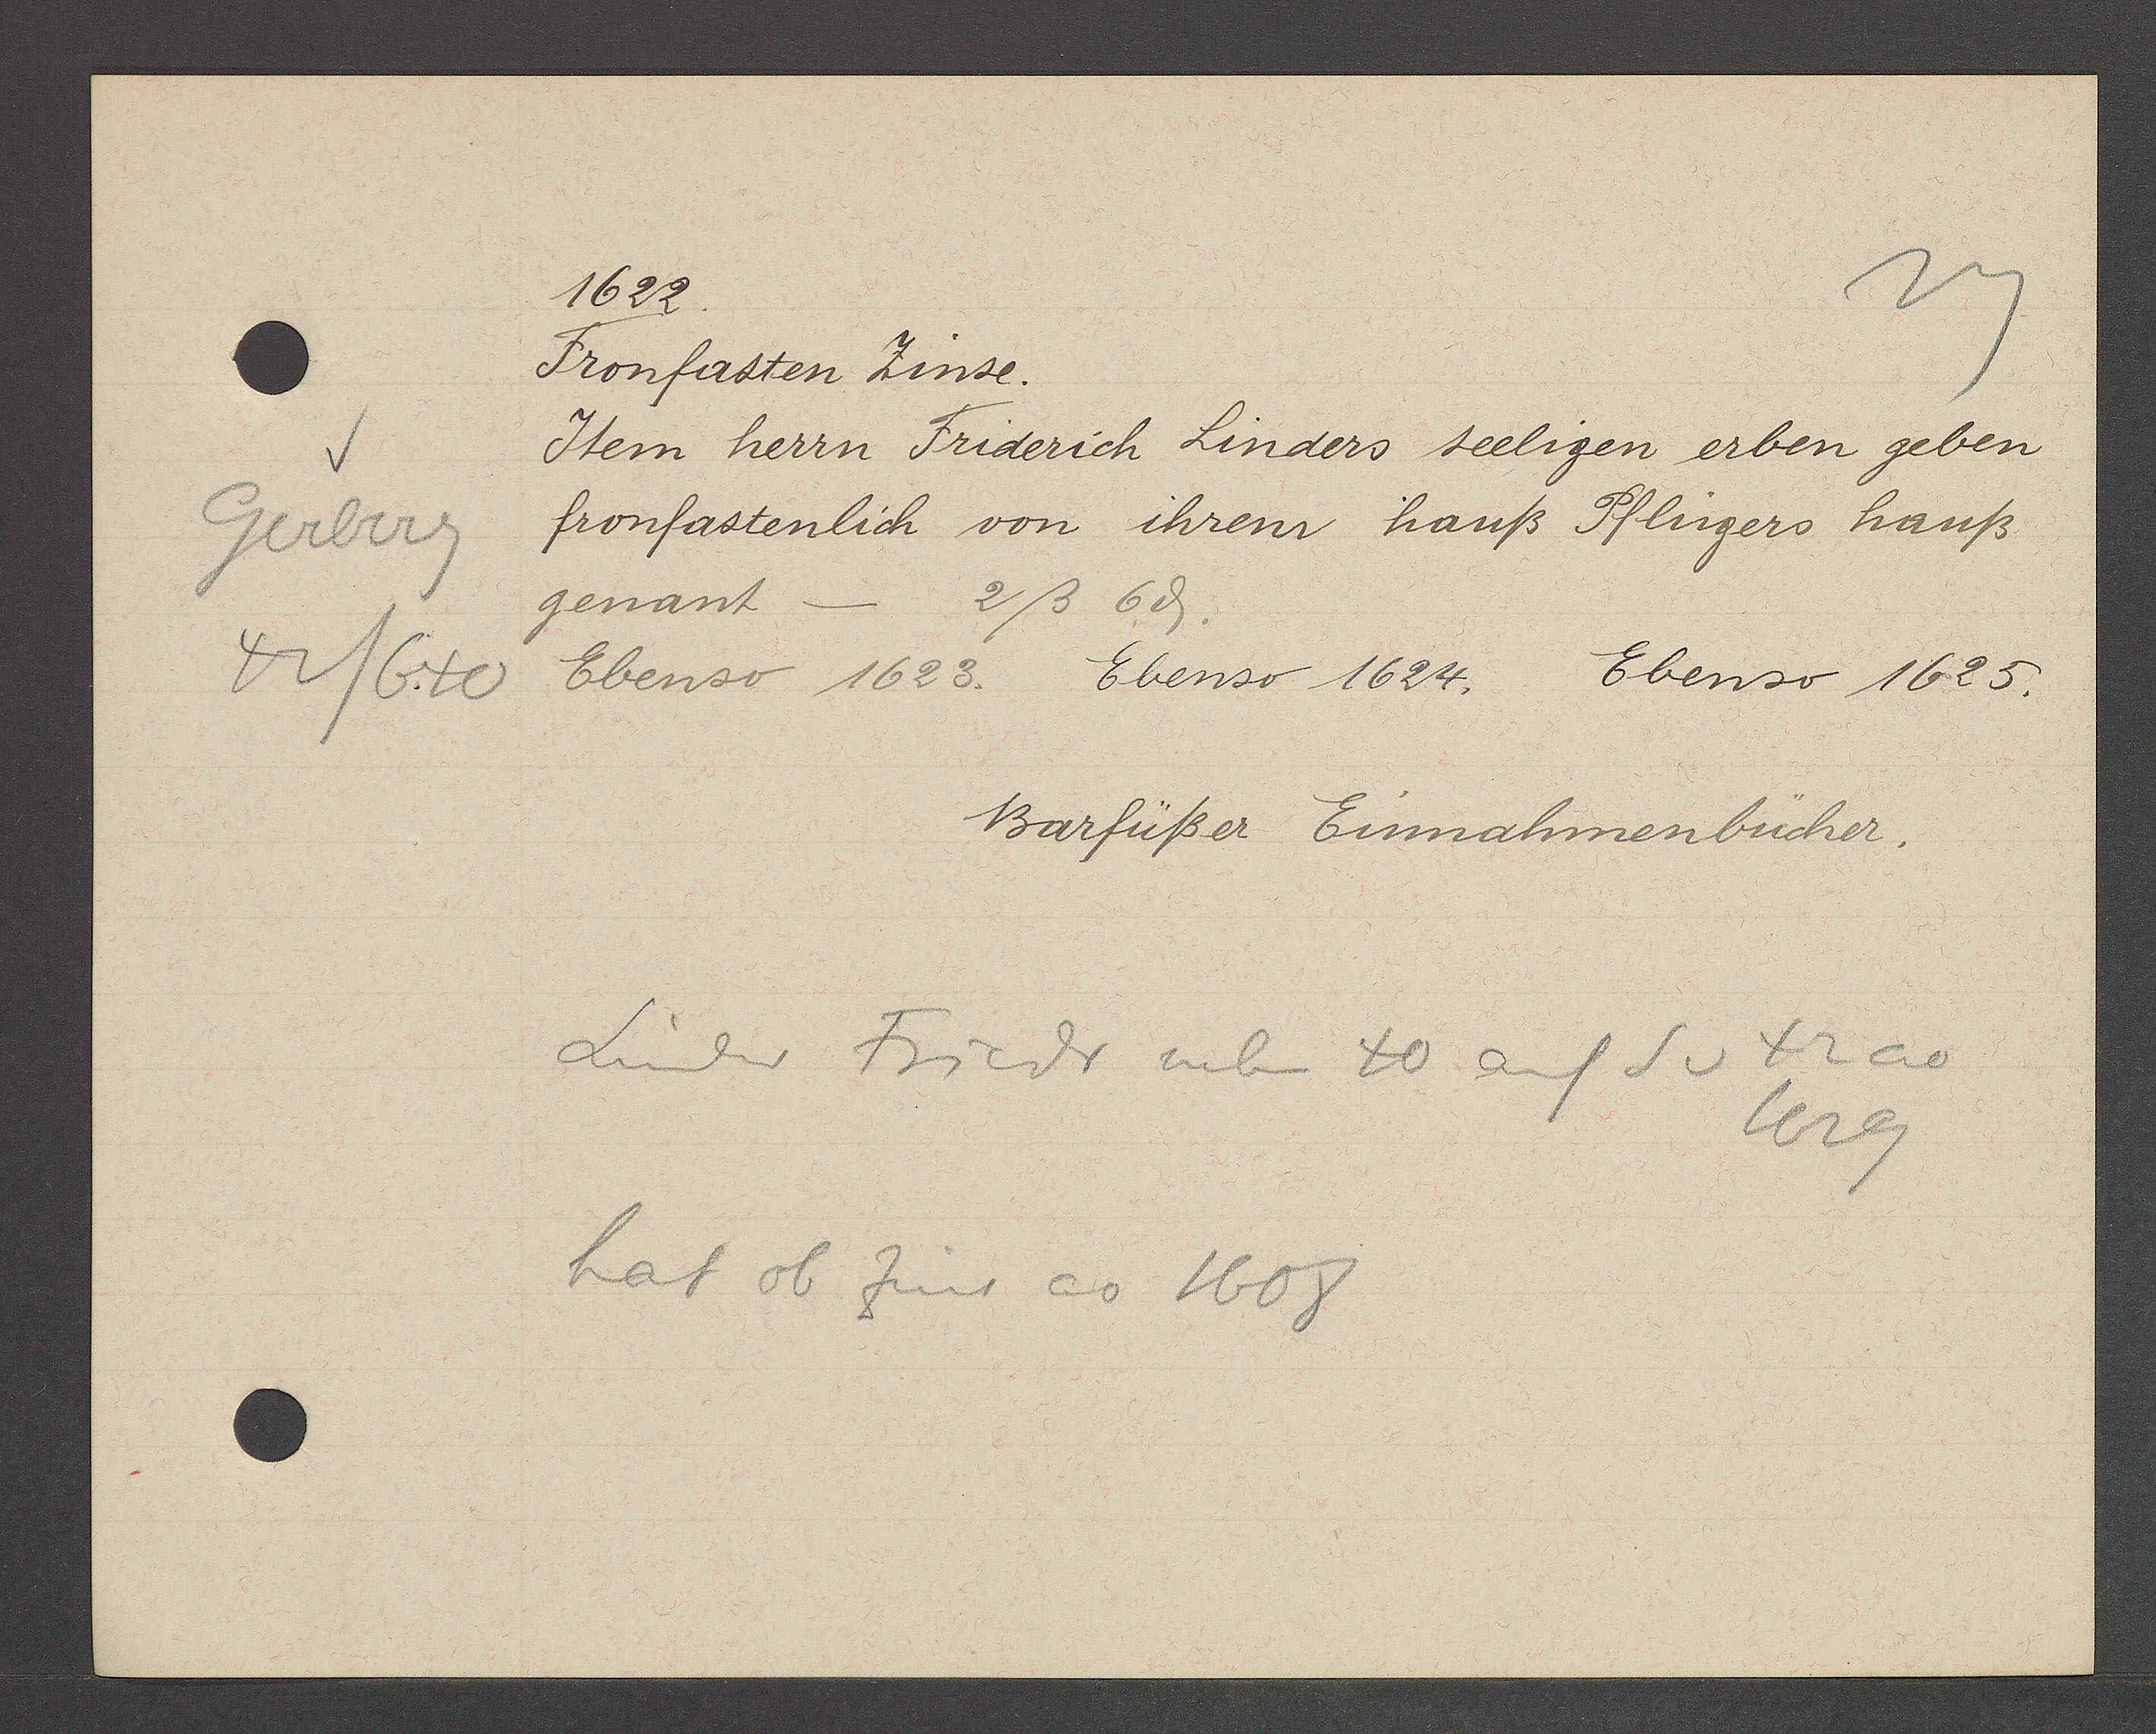
Transcript:
Gerberg
42/640

1622.

Fronfasten Zinse.
Item herrn Friderich Linders seeligen erben geben
fronfastenlich von ihrem hauß Pflugers hauß
genant-
2ß 6ȡ.
Ebenso 1625.
Ebenso 1623. Ebenso 1624.

Barfüßer Einnahmenbücher.

Linder Friedr neben 40 auf S v 42 ao
1629
hat ob Zins ao 1608